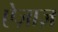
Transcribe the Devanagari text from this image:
ऐज़ाज़